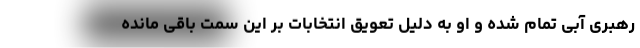
رهبری آبی تمام شده و او به دلیل تعویق انتخابات بر این سمت باقی مانده